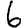
Digit: 6